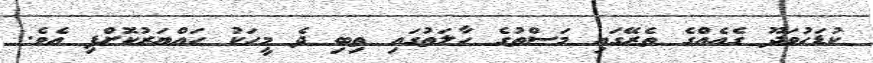
ކުޑަހުވަދޫ ގެއެއްގެ ތެރޭގައި މަސްތުގެ ހާލަތުގައި ތިބި ދެ މީހަކު ހައްޔަރުކޮށްފި އެވެ.